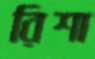
রিশা